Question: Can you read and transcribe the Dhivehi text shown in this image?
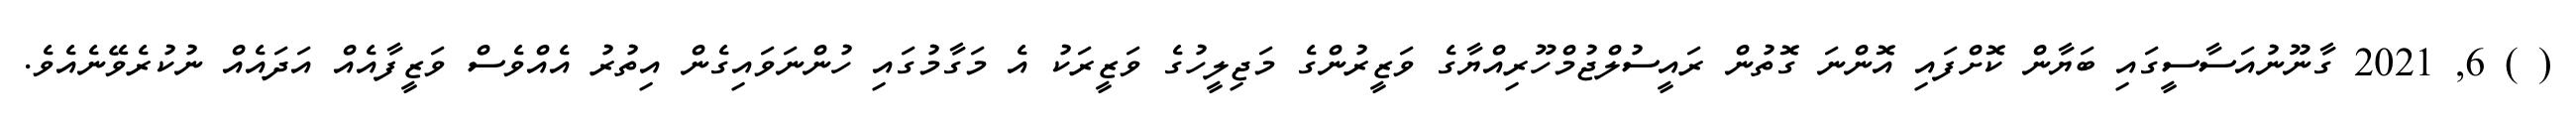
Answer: ( ) 6, 2021 ގާނޫނުއަސާސީގައި ބަޔާން ކޮށްފައި އޮންނަ ގޮތުން ރައީސުލްޖުމްހޫރިއްޔާގެ ވަޒީރުންގެ މަޖިލީހުގެ ވަޒީރަކު އެ މަގާމުގައި ހުންނަވައިގެން އިތުރު އެއްވެސް ވަޒީފާއެއް އަދައެއް ނުކުރެވޭނެއެވެ.